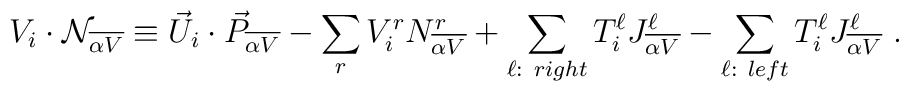
V_i \cdot {\cal N}_{\overline {\alpha V}} \equiv  {\vec U}_i \cdot {\vec P}_{\overline {\alpha V}} - \sum_{r} V^r_i N^r_{\overline {\alpha V}} + \sum_{\ell: ~right} T^\ell_i J^\ell_{\overline {\alpha V}} - \sum_{\ell: ~left} T^\ell_i J^\ell_{\overline {\alpha V}} ~.